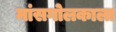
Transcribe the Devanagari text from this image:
मांसगोलकाला